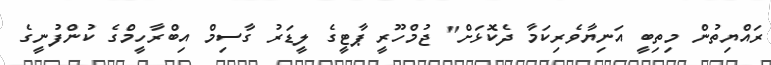
ރައްޔިތުން މިތިބީ އަނިޔާވެރިކަމާ ދެކޮޅަށް" ޖުމްހޫރީ ޕާޓީގެ ލީޑަރު ގާސިމް އިބްރާހީމްގެ ކުންފުނީގެ